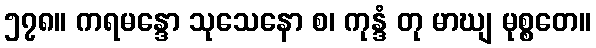
၅၇၈။ ကရမန္ဒော သုသေနော စ၊ ကုန္ဒံ တု မာဃျ မုစ္စတေ။